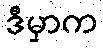
ဒီမှာက